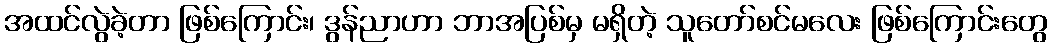
အထင်လွဲခဲ့တာ ဖြစ်ကြောင်း၊ ဒွန်ညာဟာ ဘာအပြစ်မှ မရှိတဲ့ သူတော်စင်မလေး ဖြစ်ကြောင်းတွေ